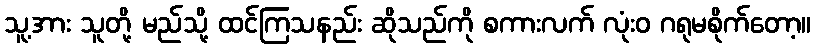
သူ့အား သူတို့ မည်သို့ ထင်ကြသနည်း ဆိုသည်ကို စကားလက် လုံးဝ ဂရုမစိုက်တော့။